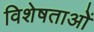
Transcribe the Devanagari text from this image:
विशेषताओें